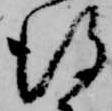
得